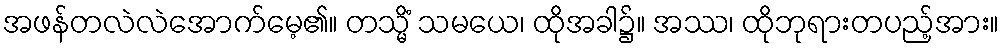
အဖန်တလဲလဲအောက်မေ့၏။ တသ္မိံ သမယေ၊ ထိုအခါ၌။ အဿ၊ ထိုဘုရားတပည့်အား။